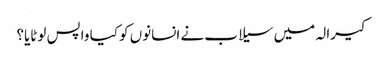
کیرالہ میں سیلاب نے انسانوں کو کیا واپس لوٹایا؟